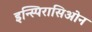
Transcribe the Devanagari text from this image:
इन्स्पिरासिओन